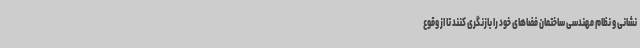
نشانی و نظام مهندسی ساختمان فضاهای خود را بازنگری کنند تا از وقوع